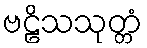
ဗဠိသသုတ္တံ